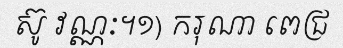
ស៊ូ វណ្ណៈ។១) ករុណា ពេជ្រ